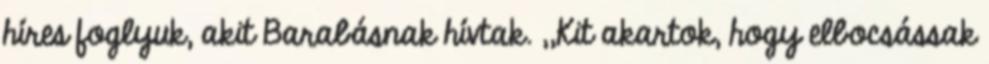
híres foglyuk, akit Barabásnak hívtak. ,,Kit akartok, hogy elbocsássak